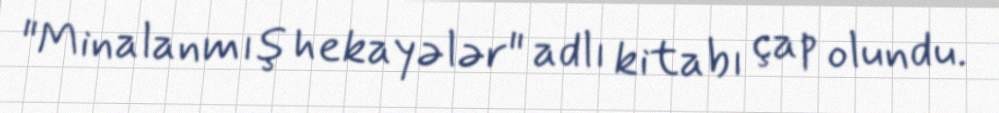
"Minalanmış hekayələr" adlı kitabı çap olundu.